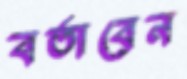
বর্তাবেন